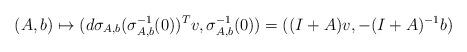
LaTeX: \begin{align*} (A,b)\mapsto(d\sigma_{A,b}(\sigma_{A,b}^{-1}(0))^Tv, \sigma_{A,b}^{-1}(0))=((I+A)v,-(I+A)^{-1}b)\end{align*}